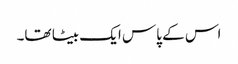
اس کے پاس ایک بیٹا تھا۔